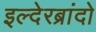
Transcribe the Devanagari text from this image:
इल्देरब्रांदो